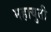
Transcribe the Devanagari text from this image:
महायुती